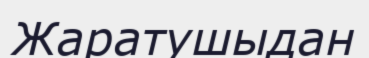
Жаратушыдан